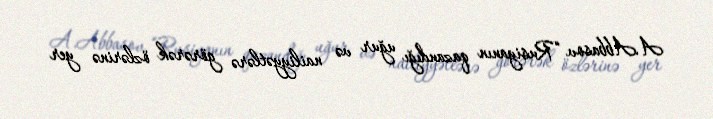
A.Abbasov “Rusiyanın qazandığı uğur və nailiyyətlərə görərək özlərinə yer